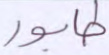
طابور